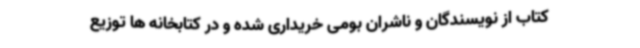
کتاب از نویسندگان و ناشران بومی خریداری شده و در کتابخانه ها توزیع